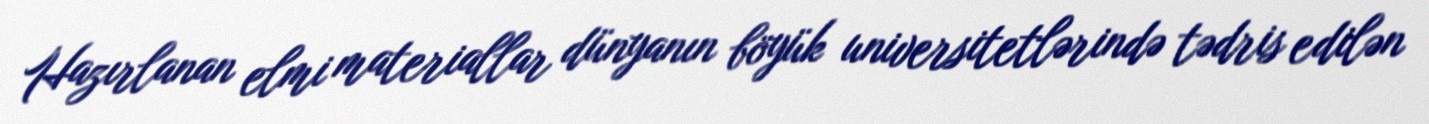
Hazırlanan elmi materiallar dünyanın böyük universitetlərində tədris edilən